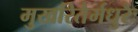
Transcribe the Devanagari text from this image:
मुखरितैर्मधुरैः